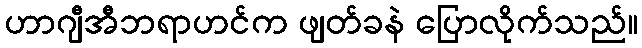
ဟာဂျီအီဘရာဟင်က ဖျတ်ခနဲ ပြောလိုက်သည်။